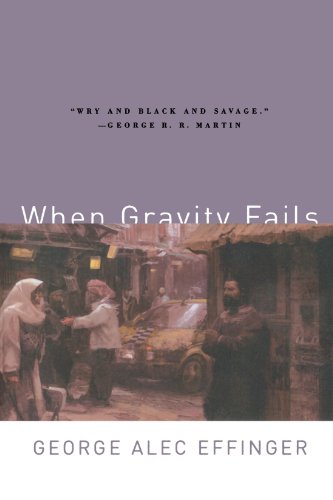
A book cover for When Gravity Fails; George Alec Effinger; Science Fiction & Fantasy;